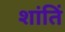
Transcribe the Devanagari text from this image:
शांतिं